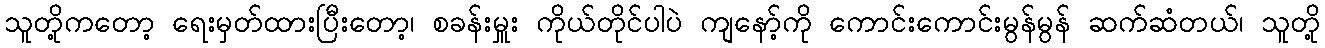
သူတို့ကတော့ ရေးမှတ်ထားပြီးတော့၊ စခန်းမှူး ကိုယ်တိုင်ပါပဲ ကျနော့်ကို ကောင်းကောင်းမွန်မွန် ဆက်ဆံတယ်၊ သူတို့